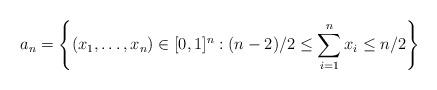
LaTeX: \begin{align*} a_n = \left\{ ( x_1, \ldots, x_n ) \in [0, 1]^n : (n - 2)/2 \leq \sum_{i = 1}^{n} x_i \leq n/2 \right\}\end{align*}